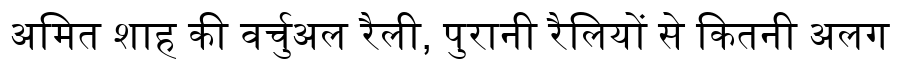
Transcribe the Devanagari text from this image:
अमित शाह की वर्चुअल रैली, पुरानी रैलियों से कितनी अलग